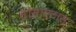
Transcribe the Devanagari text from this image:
सोसाएटास